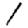
Digit: 1